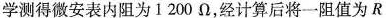
学测得微安表内阻为1200Ω，经计算后将一阻值为R